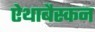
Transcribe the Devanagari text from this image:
ऐथाबैस्कन